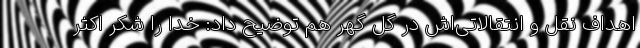
اهداف نقل و انتقالاتی‌اش در گل گهر هم توضیح داد: خدا را شکر اکثر